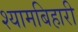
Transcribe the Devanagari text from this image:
श्यामबिहारी